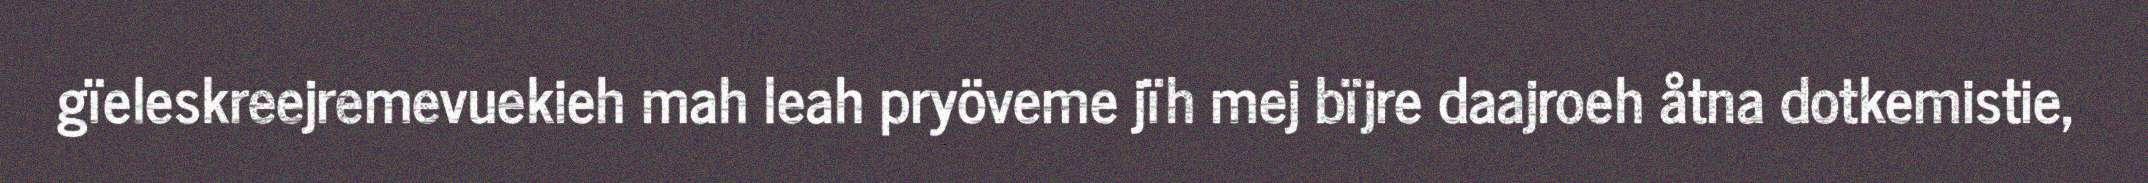
gïeleskreejremevuekieh mah leah pryöveme jïh mej bïjre daajroeh åtna dotkemistie,